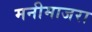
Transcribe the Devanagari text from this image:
मनीमाजरा